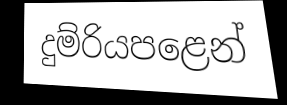
දුම්රියපළෙන්